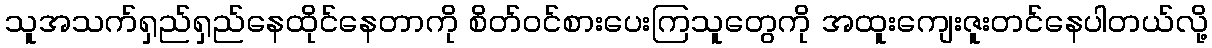
သူအသက်ရှည်ရှည်နေထိုင်နေတာကို စိတ်ဝင်စားပေးကြသူတွေကို အထူးကျေးဇူးတင်နေပါတယ်လို့